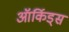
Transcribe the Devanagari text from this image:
ऑर्किड्‌स